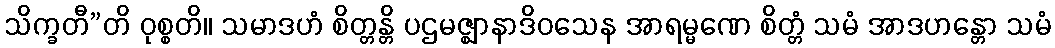
သိက္ခတီ”တိ ဝုစ္စတိ။ သမာဒဟံ စိတ္တန္တိ ပဌမဇ္ဈာနာဒိဝသေန အာရမ္မဏေ စိတ္တံ သမံ အာဒဟန္တော သမံ